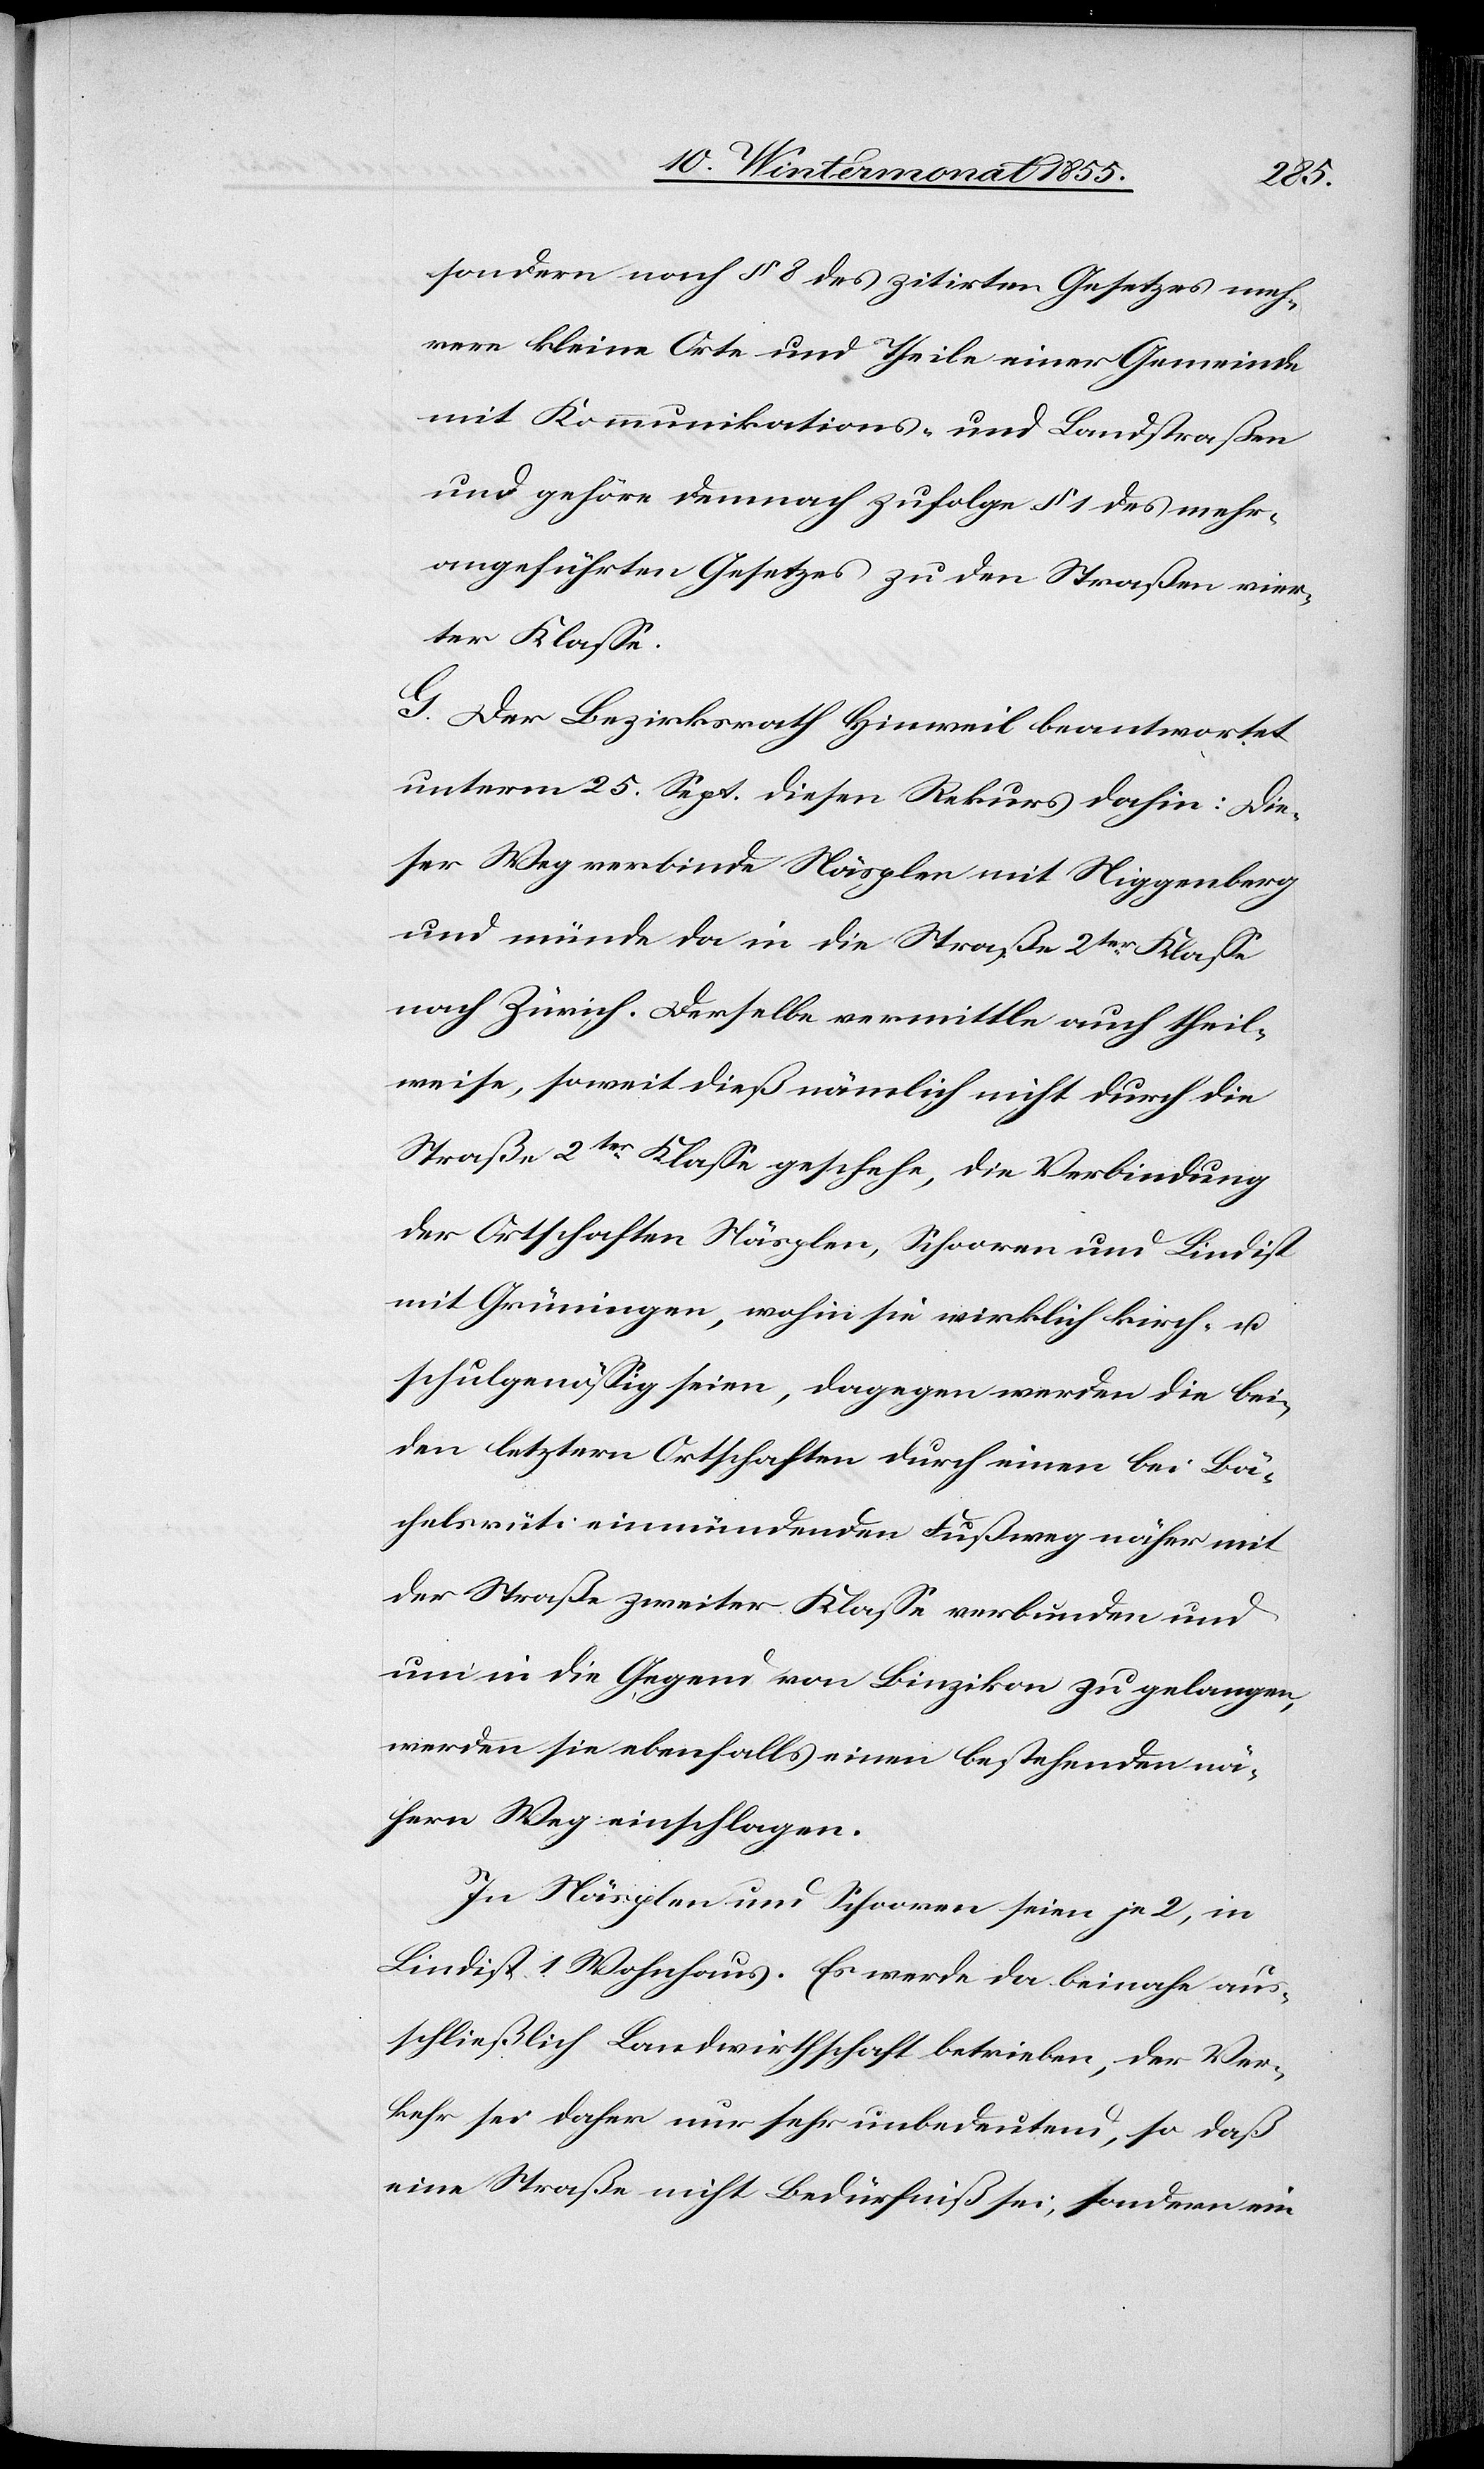
sondern nach § 8 des zitirten Gesetzes meh¬
rere kleine Orte und Theile einer Gemeinde
mit Kommunikations- und Landstraßen
und gehöre demnach zufolge § 1 des mehr¬
angeführten Gesetzes zu den Straßen vier¬
ter Klasse.
G. Der Bezirksrath Hinweil beantwortet
unterm 25. Sept. diesen Rekurs dahin: Die¬
ser Weg verbinde Näsplen mit Niggenberg
und münde da in die Straße 2ter Klasse
nach Zürich. Derselbe vermittle auch theil¬
weise, soweit dieß nämlich nicht durch die
Straße 2ter Klasse geschehe, die Verbindung
der Ortschaften Näsplen, Schooren und Lindist
mit Grüningen, wohin sie wirklich kirch- u.
schulgenössig seien, dagegen werden die bei¬
den letztern Ortschaften durch einen bei Bä¬
chelsrüti einmündenden Fußweg näher mit
der Straße zweiter Klasse verbunden und
um in die Gegend von Binzikon zu gelangen,
werden sie ebenfalls einen bestehenden nä¬
hern Weg einschlagen.
In Näsplen und Schooren seien je 2, in
Lindist 1 Wohnhaus. Es werde da beinahe aus¬
schließlich Landwirthschaft betrieben, der Ver¬
kehr sei daher nur sehr unbedeutend, so daß
eine Straße nicht Bedürfniß sei, sondern ein